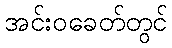
အင်းဝခေတ်တွင်